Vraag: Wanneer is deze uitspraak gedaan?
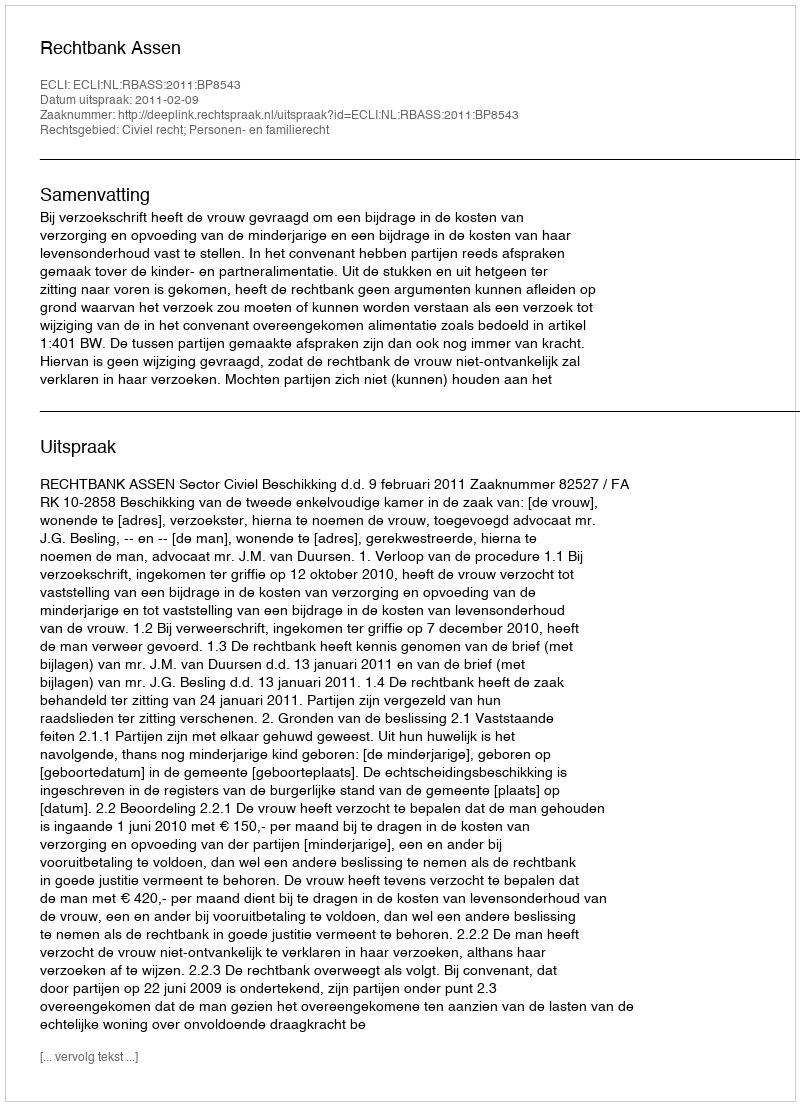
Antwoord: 2011-02-09